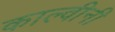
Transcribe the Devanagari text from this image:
काल्वीनी